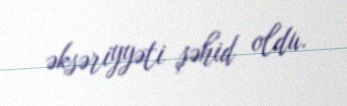
əksəriyyəti şəhid oldu.